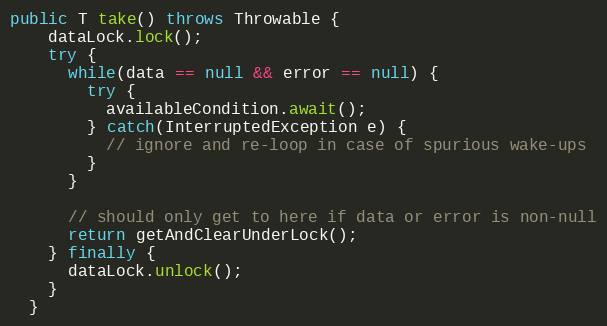
Language: Java
public T take() throws Throwable {
    dataLock.lock();
    try {
      while(data == null && error == null) {
        try {
          availableCondition.await();
        } catch(InterruptedException e) {
          // ignore and re-loop in case of spurious wake-ups
        }
      }

      // should only get to here if data or error is non-null
      return getAndClearUnderLock();
    } finally {
      dataLock.unlock();
    }
  }